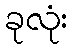
ခုလုံး